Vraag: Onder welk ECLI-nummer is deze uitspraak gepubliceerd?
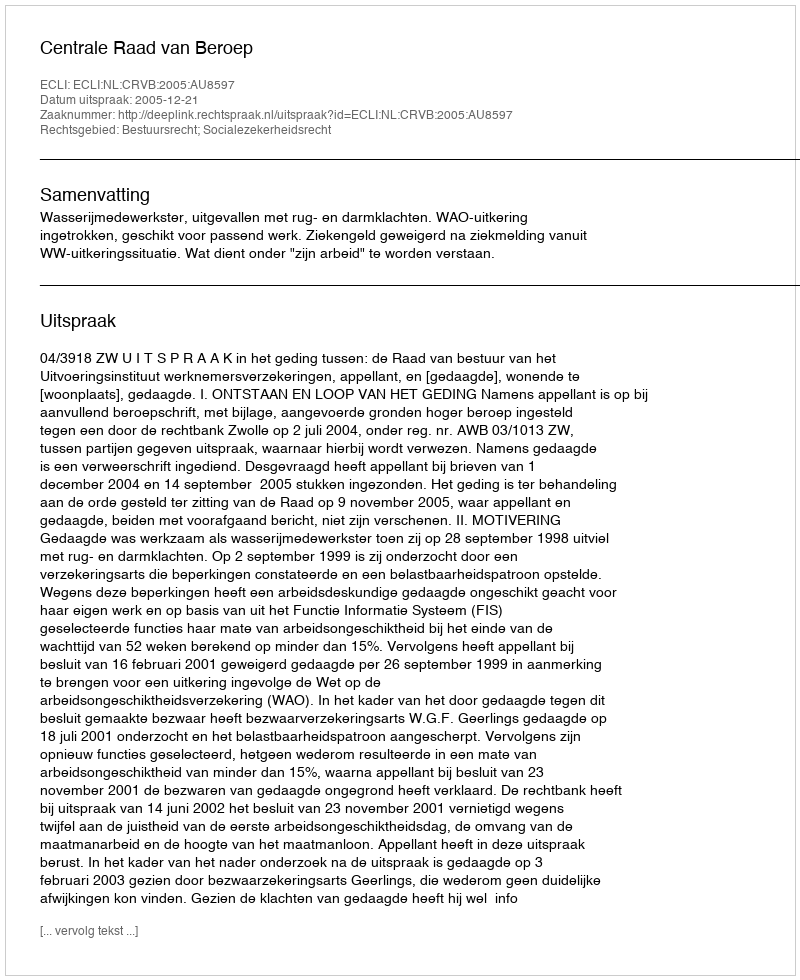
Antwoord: ECLI:NL:CRVB:2005:AU8597